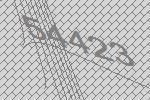
54423